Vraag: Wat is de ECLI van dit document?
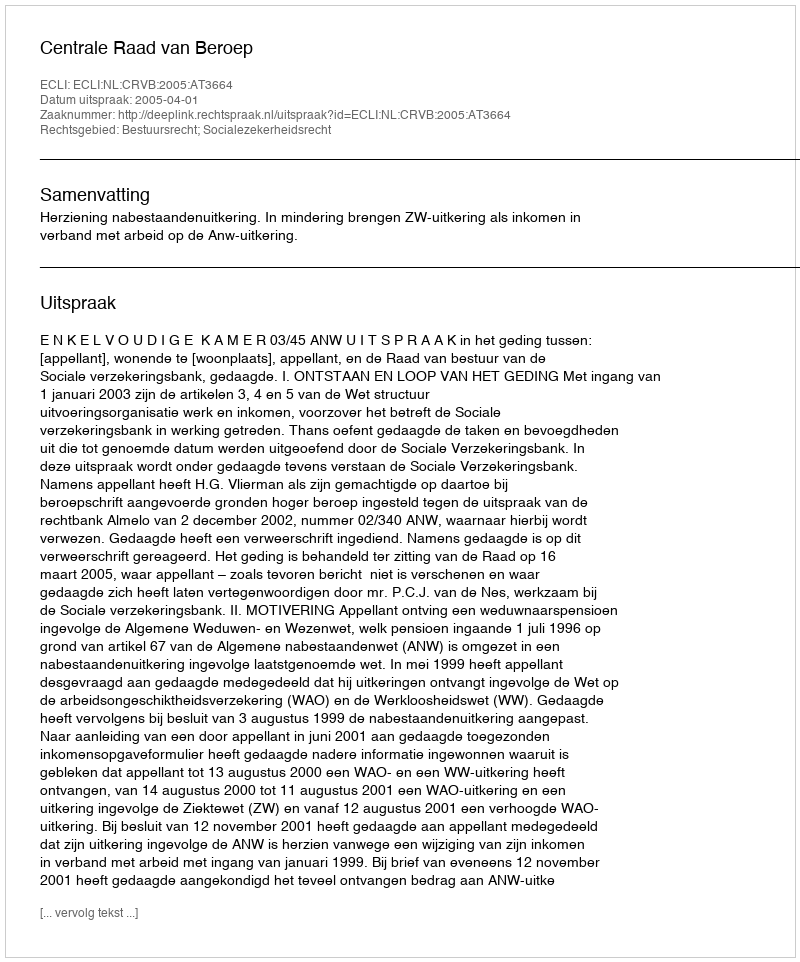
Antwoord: ECLI:NL:CRVB:2005:AT3664